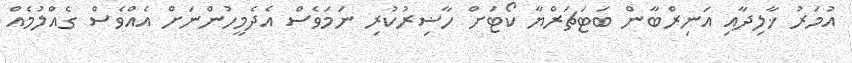
އުމަރު ޚާލިދާއި އަނިރްބާން ބަޓަޗަރްޔާ ކޯޓަށް ހާޟިރުކުރި ނަމަވެސް އެދެމީހުންނަށް އެއްވެސް ގެއްލުމެއް